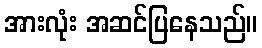
အားလုံး အဆင်ပြနေသည်။